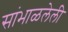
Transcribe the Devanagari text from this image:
सांभाळलेली